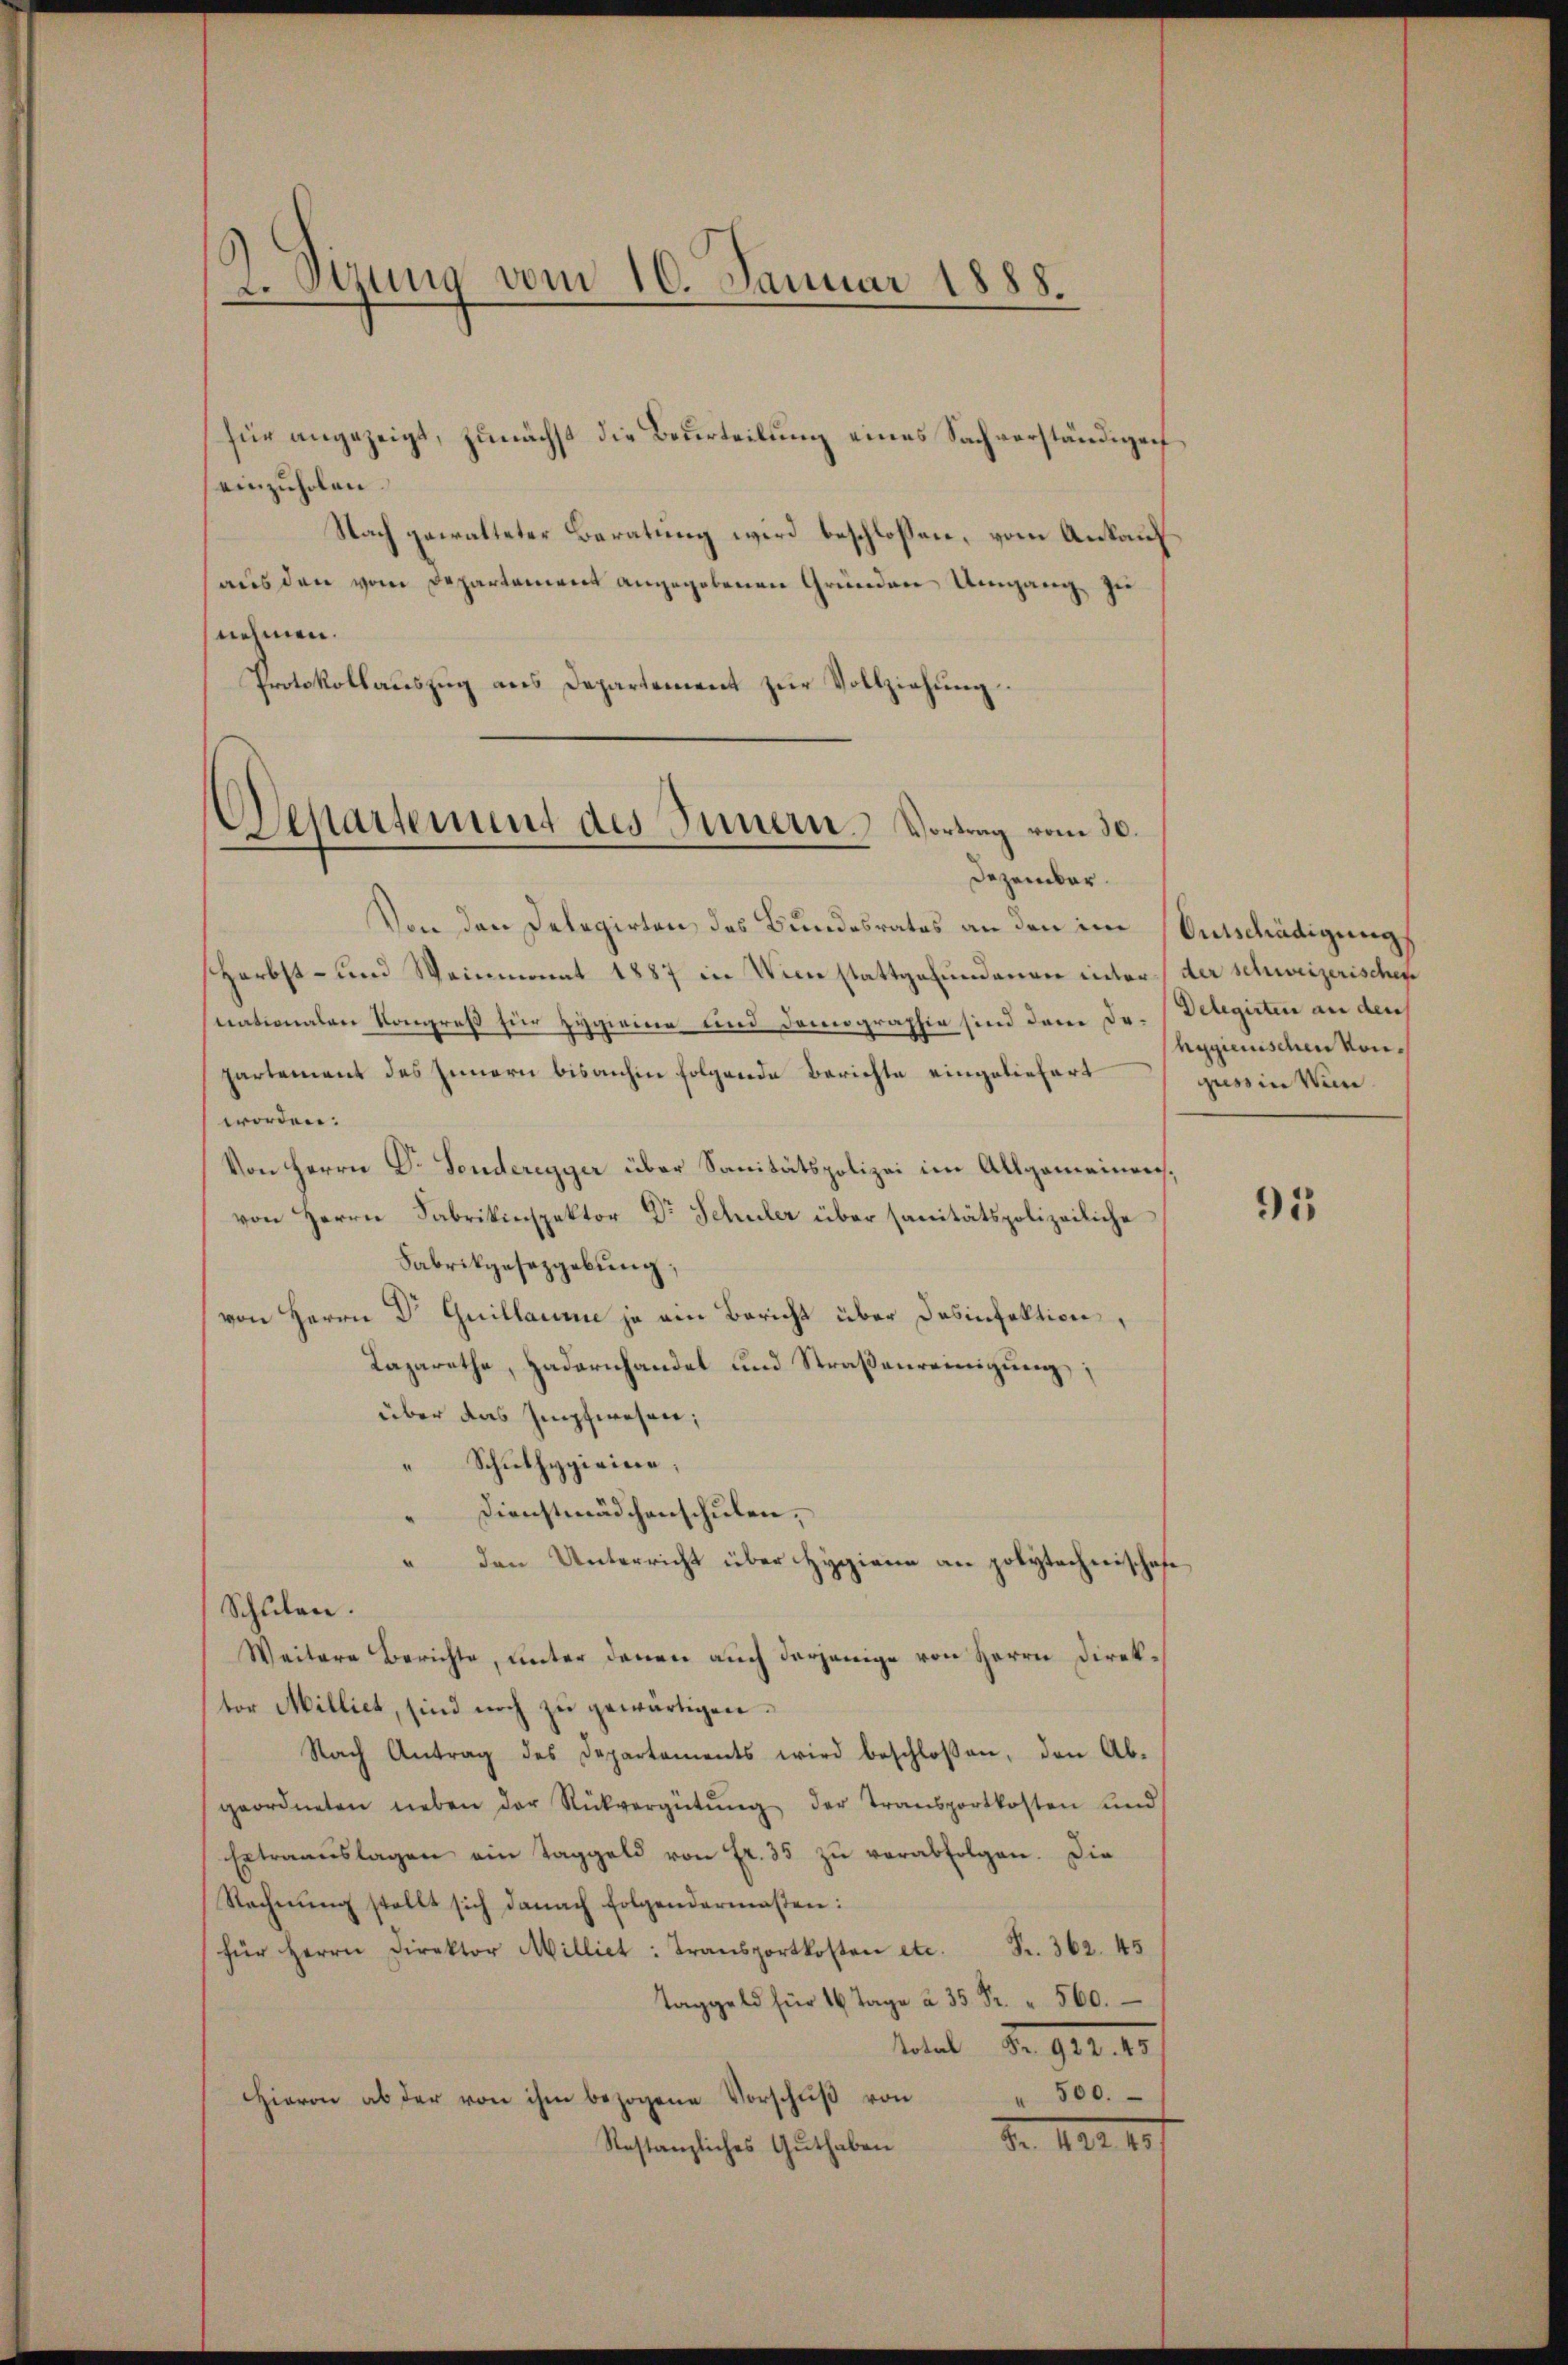
2. Sizung vom 10. Januar 1888.

für angezeigt, zunächst die Beurteilung eines Sachverständigen
einzuholen.
Nach gewalteter Beratung wird beschlossen, vom Ankauf
aus den vom Departement angegebenen Gründen Umgang, zu
nehmen.
Protokollauszug aus Departement zur Vollziehung.

Departement des Innern Vortrag vom 30.
Dezember.

Von den Delegirten des Bundesrates an den im
Herbst- und Weinmonat 1887 in Weinstattgefundenen inter
nationalen Kongreß für Hygieien und Domographie sind dem Dr. Delegirten an den
partement des Innern bisanhin folgende Berichte eingeliefert
worden:
Von Herrn Dr. Sonderegger über Sanitätspolizei im Allgemeinensvon Herrn Fabrikinspektor Dr Schuler über sanitätspolizeiliche
Fabrikgesezgebung,
von Herrn Dr Guillaume ja ein Bericht über Desinfektion,
Lazarethe, Hadornhandel und Straßenreinigung;
über das Impfwesen;
Schulhygirine,
Dienstmädchenschulen,
 den Unterricht über Hygiene an polytechnischafe
Schulen.
Weitere Berichte, unter denen auch derjenige von Herrn Direktor Milliet, sind noch zu gewärtigen.
Nach Antrag des Departements wird beschloßen, den Ab-
geordneten neben der Rückvergütŭng der Transportkosten und
Extraaŭslagen ein Taggeld von Fr. 35 zŭ verabfolgen. Die
Rechnŭng stellt sich danach folgendermassen:
für Herrn Direktor Milliet: Transportkosten etc. Fr. 362. 45
Taggeld für 16 Tage à 35 Fr. 560.
total S. 92. 4
" 500.
Hievon ab der von ihm bezogene Vorschuß von
Nr. 112. 157
Restanzliches Guthaben

Entschädigung
der schweizerischen
hygienischen vonguss in Wiene

95